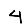
Digit: 4